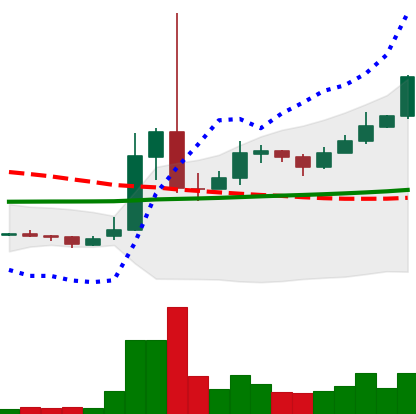
Ticker: XRP-USD
Chart end date: 2021-02-12
Forward return: -12.004%
Label: down_7plus